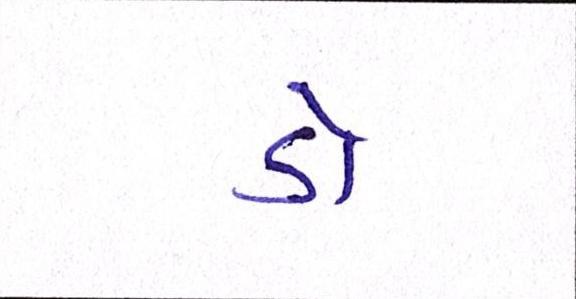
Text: ડૉ